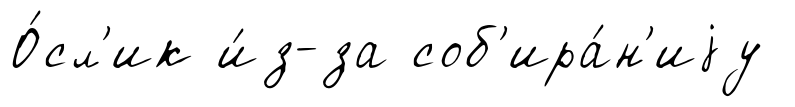
О́сл'ик и́з-за соб'ира́н'иjу